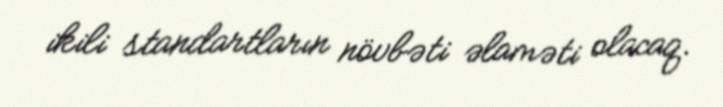
ikili standartların növbəti əlaməti olacaq.